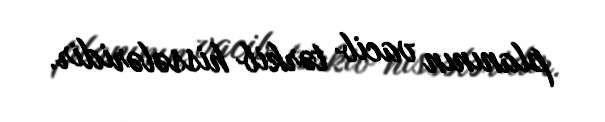
planının vacib tərkib hissələridir.